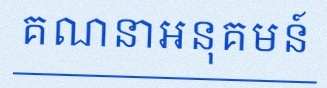
គណនាអនុគមន៍